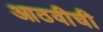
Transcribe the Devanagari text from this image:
आठवीची